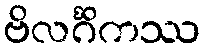
ဗိလင်္ဂိကဿ